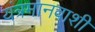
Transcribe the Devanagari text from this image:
यंत्रमानवाशी